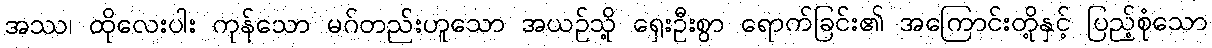
အဿ၊ ထိုလေးပါး ကုန်သော မဂ်တည်းဟူသော အယဉ်သို့ ရှေးဦးစွာ ရောက်ခြင်း၏ အကြောင်းတို့နှင့် ပြည့်စုံသော